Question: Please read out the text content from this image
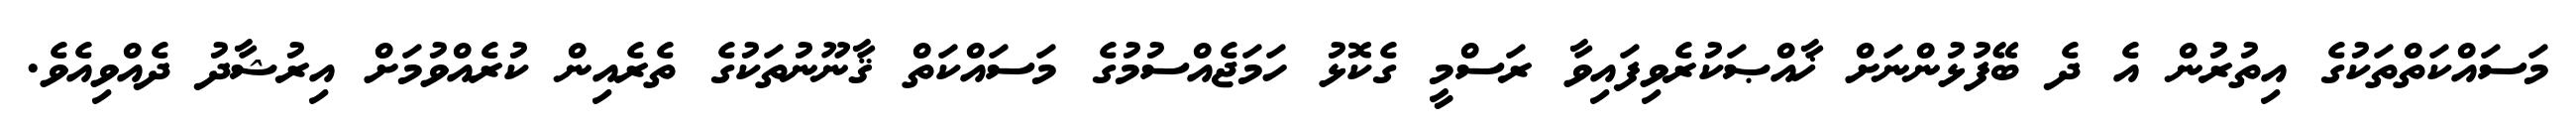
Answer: މަސައްކަތްތަކުގެ އިތުރުން އެ ދެ ބޭފުޅުންނަށް ޚާއްޞަކުރެވިފައިވާ ރަސްމީ ގެކޮޅު ހަމަޖެއްސުމުގެ މަސައްކަތް ޤާނޫނުތަކުގެ ތެރެއިން ކުރެއްވުމަށް އިރުޝާދު ދެއްވިއެވެ.